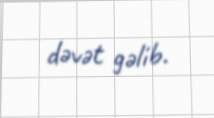
dəvət gəlib.